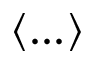
\langle . . . \rangle